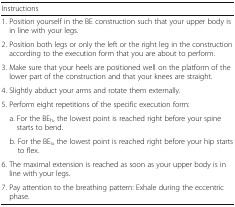
<table><thead><tr><td><b>Instructions</b></td></tr></thead><tbody><tr><td>1. Position yourself in the BE construction such that your upper body is in line with your legs.</td></tr><tr><td>2. Position both legs or only the left or the right leg in the construction according to the execution form that you are about to perform.</td></tr><tr><td>3. Make sure that your heels are positioned well on the platform of the lower part of the construction and that your knees are straight.</td></tr><tr><td>4. Slightly abduct your arms and rotate them externally.</td></tr><tr><td>5. Perform eight repetitions of the specific execution form:</td></tr><tr><td> a. For the BE<sub>h</sub>, the lowest point is reached right before your spine starts to bend.</td></tr><tr><td> b. For the BE<sub>s</sub>, the lowest point is reached right before your hip starts to flex.</td></tr><tr><td>6. The maximal extension is reached as soon as your upper body is in line with your legs.</td></tr><tr><td>7. Pay attention to the breathing pattern: Exhale during the eccentric phase.</td></tr></tbody></table>